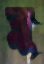
ব্লু